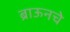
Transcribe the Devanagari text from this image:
ब्राऊनचेेे